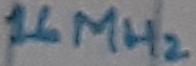
Text: 16MHz